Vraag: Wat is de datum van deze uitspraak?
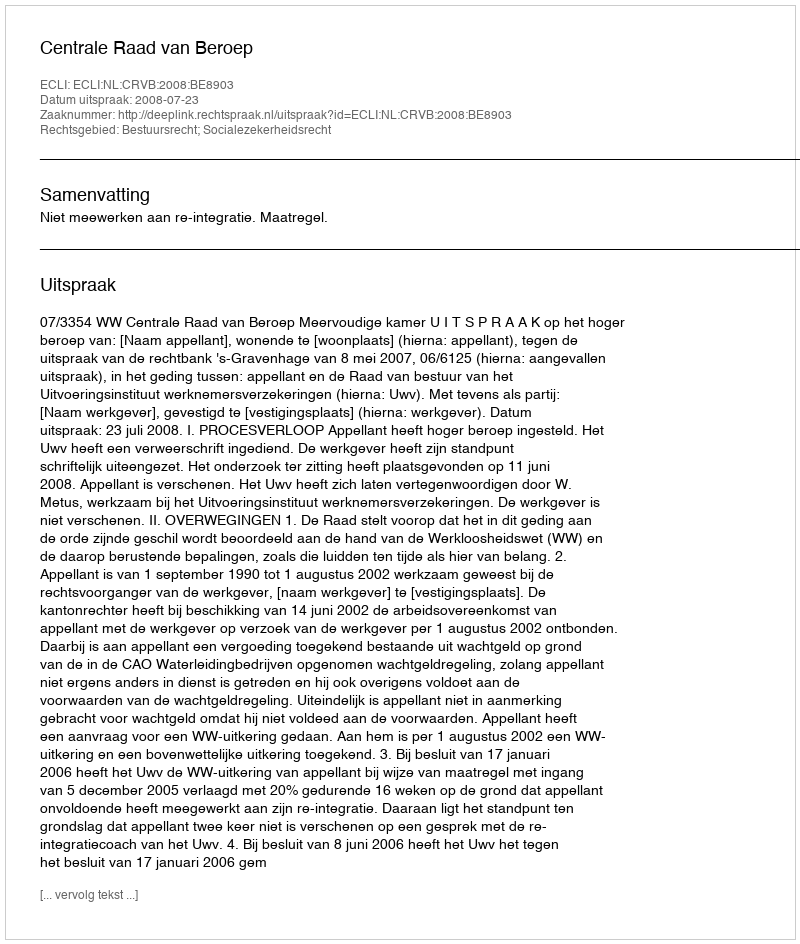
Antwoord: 2008-07-23